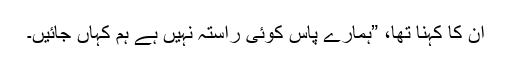
ان کا کہنا تھا، ”ہمارے پاس کوئی راستہ نہیں ہے ہم کہاں جائیں۔